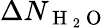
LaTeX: \Delta N_{\mathrm{~H~}_{2}\mathrm{~O~}}